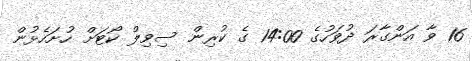
16 ވާ އަންގާރަ ދުވަހުގެ 14:00 ގެ ކުރިން ސިވިލް ކޯޓަށް ހުށަހެޅުން